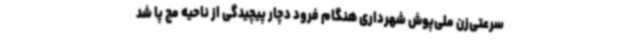
سرعتی‌زن ملی‌پوش شهرداری هنگام فرود دچار پیچیدگی از ناحیه مچ پا شد